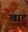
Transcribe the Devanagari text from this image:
खाहु